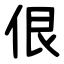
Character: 佷